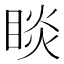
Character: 睒